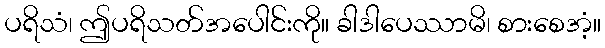
ပရိသံ၊ ဤပရိသတ်အပေါင်းကို။ ခါဒါပေဿာမိ၊ စားစေအံ့။